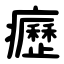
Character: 癧